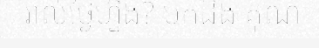
រាល់ថ្ងៃហ្នឹង? មកដឹង គុណ